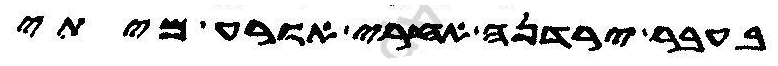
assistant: בעבר ירדנה אחרי אורע מיתי